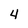
Character: 4